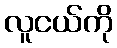
လူငယ်ကို